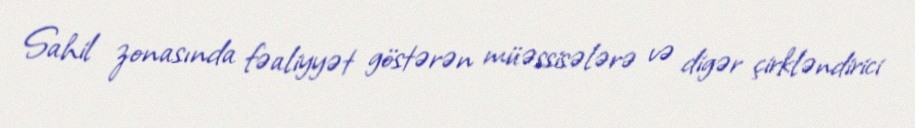
Sahil zonasında fəaliyyət göstərən müəssisələrə və digər çirkləndirici